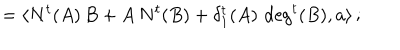
= \langle N ^ { t } ( A ) \, B + A \, N ^ { t } ( B ) + \delta _ { 1 } ^ { t } ( A ) \, \deg ^ { t } ( B ) , a \rangle \, ;